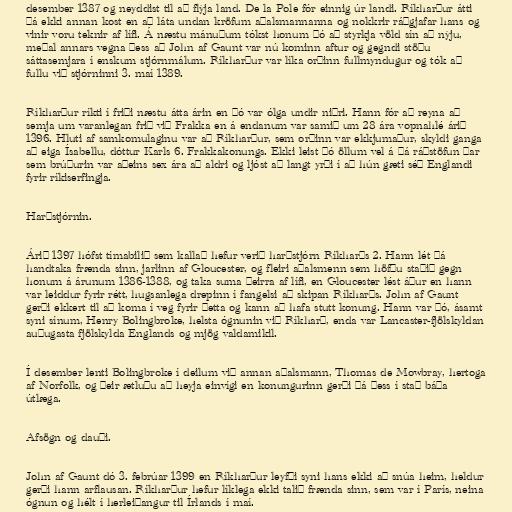
desember 1387 og neyddist til að flýja land. De la Pole fór einnig úr landi. Ríkharður átti
þá ekki annan kost en að láta undan kröfum aðalsmannanna og nokkrir ráðgjafar hans og
vinir voru teknir af lífi. Á næstu mánuðum tókst honum þó að styrkja völd sín að nýju,
meðal annars vegna þess að John af Gaunt var nú kominn aftur og gegndi stöðu
sáttasemjara í enskum stjórnmálum. Ríkharður var líka orðinn fullmyndugur og tók að
fullu við stjórninni 3. maí 1389.

Ríkharður ríkti í friði næstu átta árin en þó var ólga undir niðri. Hann fór að reyna að
semja um varanlegan frið við Frakka en á endanum var samið um 28 ára vopnahlé árið
1396. Hluti af samkomulaginu var að Ríkharður, sem orðinn var ekkjumaður, skyldi ganga
að eiga Ísabellu, dóttur Karls 6. Frakkakonungs. Ekki leist þó öllum vel á þá ráðstöfun þar
sem brúðurin var aðeins sex ára að aldri og ljóst að langt yrði í að hún gæti séð Englandi
fyrir ríkiserfingja.

Harðstjórnin.

Árið 1397 hófst tímabilið sem kallað hefur verið harðstjórn Ríkharðs 2. Hann lét þá
handtaka frænda sinn, jarlinn af Gloucester, og fleiri aðalsmenn sem höfðu staðið gegn
honum á árunum 1386-1388, og taka suma þeirra af lífi, en Gloucester lést áður en hann
var leiddur fyrir rétt, hugsanlega drepinn í fangelsi að skipan Ríkharðs. John af Gaunt
gerði ekkert til að koma í veg fyrir þetta og kann að hafa stutt konung. Hann var þó, ásamt
syni sínum, Henry Bolingbroke, helsta ógnunin við Ríkharð, enda var Lancaster-fjölskyldan
auðugasta fjölskylda Englands og mjög valdamikil.

Í desember lenti Bolingbroke í deilum við annan aðalsmann, Thomas de Mowbray, hertoga
af Norfolk, og þeir ætluðu að heyja einvígi en konungurinn gerði þá þess í stað báða
útlæga.

Afsögn og dauði.

John af Gaunt dó 3. febrúar 1399 en Ríkharður leyfði syni hans ekki að snúa heim, heldur
gerði hann arflausan. Ríkharður hefur líklega ekki talið frænda sinn, sem var í París, neina
ógnun og hélt í herleiðangur til Írlands í maí.